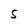
Character: S